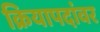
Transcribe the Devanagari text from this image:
क्रियापदांवर